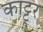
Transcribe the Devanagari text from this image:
काट्टूर